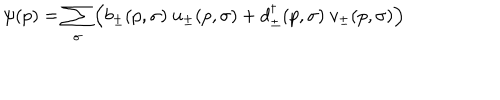
\psi ( p ) = \sum _ { \sigma } \left( b _ { \pm } ( p , \sigma ) \ u _ { \pm } ( p , \sigma ) + d _ { \pm } ^ { \dagger } ( p , \sigma ) \ v _ { \pm } ( p , \sigma ) \right)